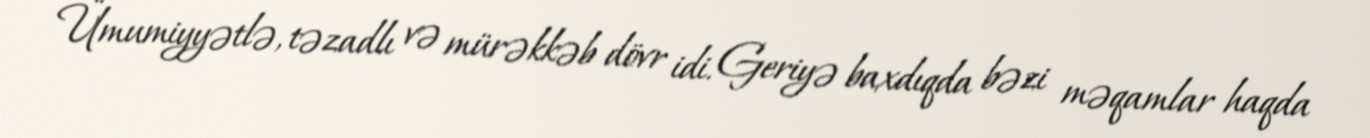
Ümumiyyətlə, təzadlı və mürəkkəb dövr idi. Geriyə baxdıqda bəzi məqamlar haqda